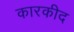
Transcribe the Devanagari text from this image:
कारकीद